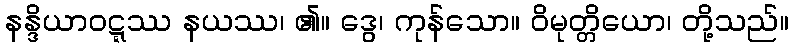
နန္ဒိယာဝဋ္ဋဿ နယဿ၊ ၏။ ဒွေ၊ ကုန်သော။ ဝိမုတ္တိယော၊ တို့သည်။